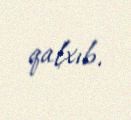
qalxıb.